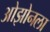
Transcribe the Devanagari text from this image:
ओझोनला